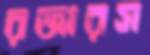
রজারস